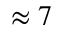
\approx 7